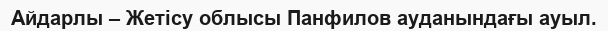
Айдарлы – Жетісу облысы Панфилов ауданындағы ауыл.